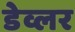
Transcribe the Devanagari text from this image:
डेव्लर